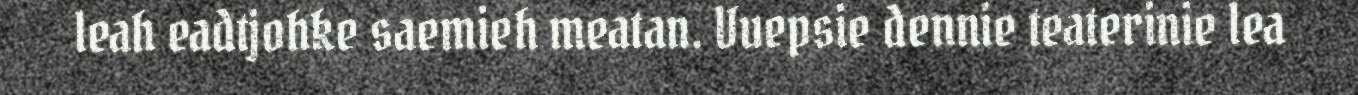
leah eadtjohke saemieh meatan. Vuepsie dennie teaterinie lea